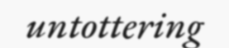
untottering